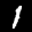
Label: 1